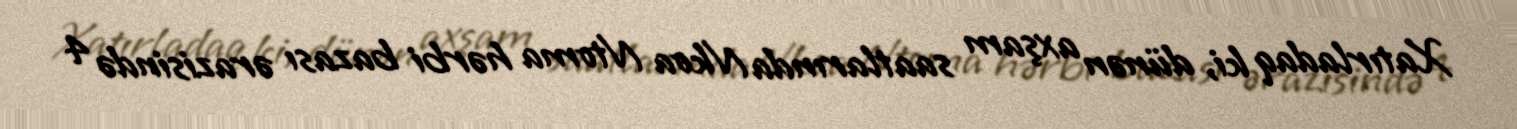
Xatırladaq ki, dünən axşam saatlarında Nkoa Ntoma hərbi bazası ərazisində 4